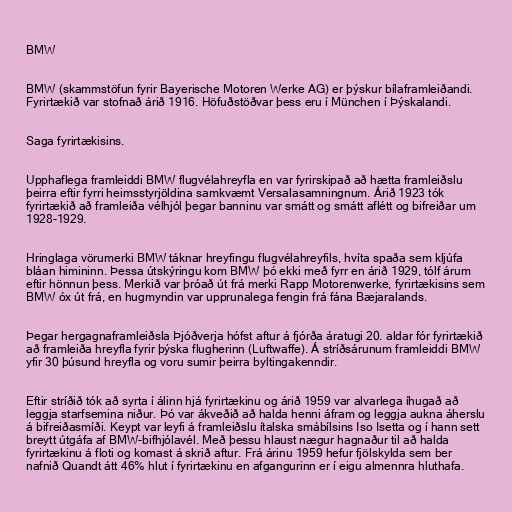
BMW

BMW (skammstöfun fyrir Bayerische Motoren Werke AG) er þýskur bílaframleiðandi.
Fyrirtækið var stofnað árið 1916. Höfuðstöðvar þess eru í München í Þýskalandi.

Saga fyrirtækisins.

Upphaflega framleiddi BMW flugvélahreyfla en var fyrirskipað að hætta framleiðslu
þeirra eftir fyrri heimsstyrjöldina samkvæmt Versalasamningnum. Árið 1923 tók
fyrirtækið að framleiða vélhjól þegar banninu var smátt og smátt aflétt og bifreiðar um
1928-1929.

Hringlaga vörumerki BMW táknar hreyfingu flugvélahreyfils, hvíta spaða sem kljúfa
bláan himininn. Þessa útskýringu kom BMW þó ekki með fyrr en árið 1929, tólf árum
eftir hönnun þess. Merkið var þróað út frá merki Rapp Motorenwerke, fyrirtækisins sem
BMW óx út frá, en hugmyndin var upprunalega fengin frá fána Bæjaralands.

Þegar hergagnaframleiðsla Þjóðverja hófst aftur á fjórða áratugi 20. aldar fór fyrirtækið
að framleiða hreyfla fyrir þýska flugherinn (Luftwaffe). Á stríðsárunum framleiddi BMW
yfir 30 þúsund hreyfla og voru sumir þeirra byltingakenndir.

Eftir stríðið tók að syrta í álinn hjá fyrirtækinu og árið 1959 var alvarlega íhugað að
leggja starfsemina niður. Þó var ákveðið að halda henni áfram og leggja aukna áherslu
á bifreiðasmíði. Keypt var leyfi á framleiðslu ítalska smábílsins Iso Isetta og í hann sett
breytt útgáfa af BMW-bifhjólavél. Með þessu hlaust nægur hagnaður til að halda
fyrirtækinu á floti og komast á skrið aftur. Frá árinu 1959 hefur fjölskylda sem ber
nafnið Quandt átt 46% hlut í fyrirtækinu en afgangurinn er í eigu almennra hluthafa.